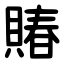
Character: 賰